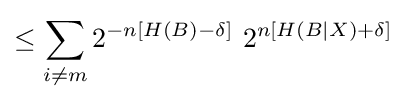
\leq \sum _{i\neq m}2^{-n\left[H\left(B\right)-\delta \right]}\ 2^{n\left[H\left(B|X\right)+\delta \right]}